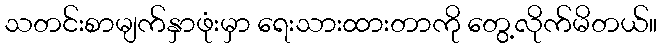
သတင်းစာမျက်နှာဖုံးမှာ ရေးသားထားတာကို တွေ့လိုက်မိတယ်။